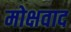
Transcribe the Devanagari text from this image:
मोक्षवाद